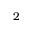
2